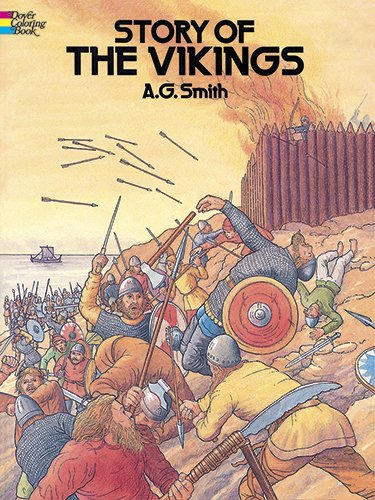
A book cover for Story of the Vikings Coloring Book (Dover pictorial archive); A. G. Smith; Children's Books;